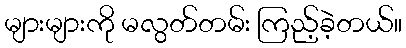
များများကို မလွတ်တမ်း ကြည့်ခဲ့တယ်။